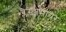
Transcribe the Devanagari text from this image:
ब्लैस्टोमीयर